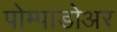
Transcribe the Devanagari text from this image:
पोम्पाडोअर